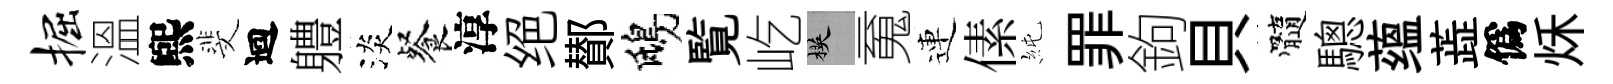
掘溫煕斐迴軆淡餐淳绝鄼鴟覧屹楧䰟連傃純罪鉤貝髓驄蕴蕋僞秌